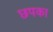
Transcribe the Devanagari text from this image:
छपका